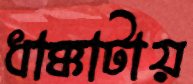
ধাক্কাটায়